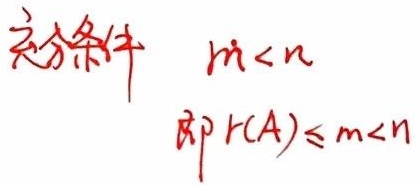
充分条件 \(m < n\)即 \(r(A)\leq m < n\)